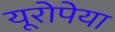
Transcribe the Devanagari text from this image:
यूरोपेया